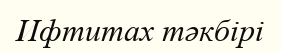
Ифтитах тәкбірі